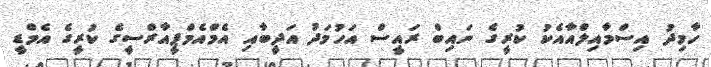
ހާމިދު އިސްމާއިލްއާއެކު ކުރީގެ ނައިބް ރައީސް އަހުމަދު އަދީބާއި އެމްއެމްޕީއާރްސީގެ ކުރީގެ އެމްޑީ